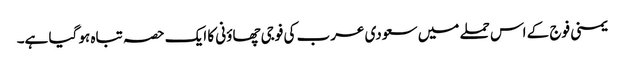
یمنی فوج کے اس حملے میں سعودی عرب کی فوجی چھاؤنی کا ایک حصہ تباہ ہو گیا ہے۔